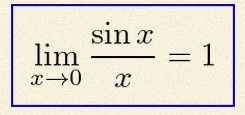
\lim_{x\to0}\frac{\sin x}{x}=1